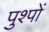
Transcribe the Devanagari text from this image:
पुश्पों